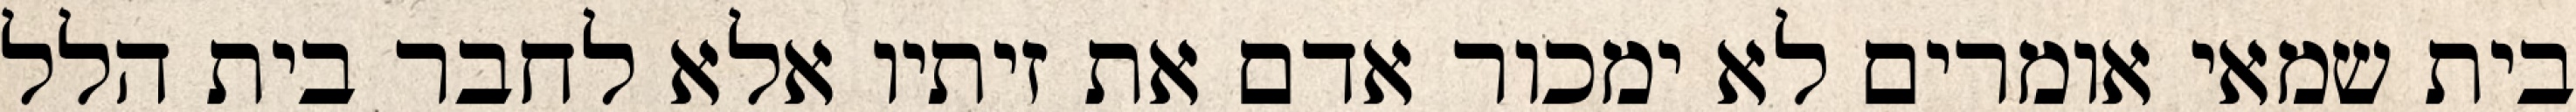
בית שמאי אומרים לא ימכור אדם את זיתיו אלא לחבר בית הלל